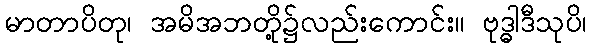
မာတာပိတု၊ အမိအဘတို့၌လည်းကောင်း။ ဗုဒ္ဓါဒီသုပိ၊